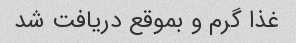
غذا گرم و بموقع دریافت شد